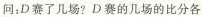
问：D赛了几场?D赛的几场的比分各